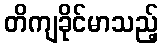
တိကျခိုင်မာသည့်